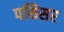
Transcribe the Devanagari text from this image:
पसिसर